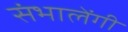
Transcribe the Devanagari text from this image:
संभालेंगी